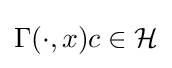
\Gamma (\cdot ,x)c\in {\mathcal {H}}